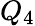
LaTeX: Q_{4}